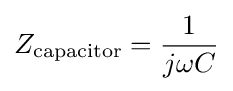
Z_{\text{capacitor}}={\frac {1}{j\omega C}}